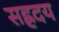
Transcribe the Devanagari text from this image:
सह्रदय